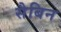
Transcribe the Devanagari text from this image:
सैबिन